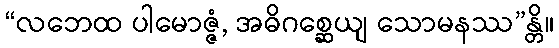
“လဘေထ ပါမောဇ္ဇံ, အဓိဂစ္ဆေယျ သောမနဿ”န္တိ။